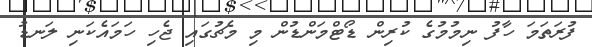
ފުރަތަމަ ހާފު ނިމުމުގެ ކުރިން ޑޯޓްމަންޑުން މި މެޗުގައި ޖެހި ހަމައެކަނި ލަނޑު